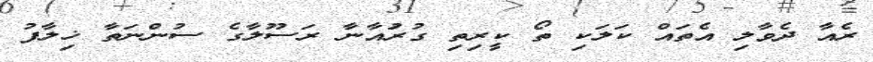
ރެއާ ދެވާލި އެތައް ކަލަކި ތޯ ކީރިތި ގުރުައާނާ ރަސޫލާގެ ސުންނަތާ ޚިލާފު